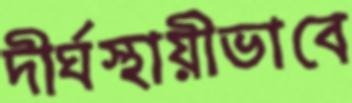
দীর্ঘস্থায়ীভাবে